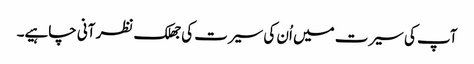
آپ کی سیرت میں اُن کی سیرت کی جھلک نظر آنی چاہیے۔